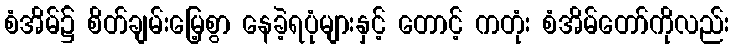
စံအိမ်၌ စိတ်ချမ်းမြေ့စွာ နေခဲ့ရပုံများနှင့် တောင့် ကတုံး စံအိမ်တော်ကိုလည်း